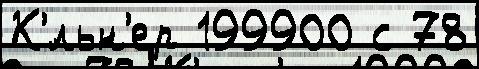
К'́льн'ер 199900 с 78